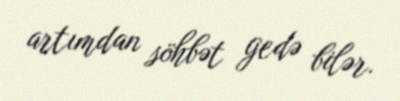
artımdan söhbət gedə bilər.